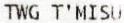
TWG T'MISU